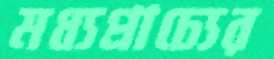
মধ্যপ্রাচ্যের